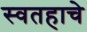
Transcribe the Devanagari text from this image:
स्वतहाचे